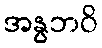
အနွဘဝိ